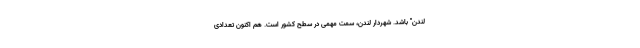
لندن" باشد. شهردار لندن، سمت مهمی در سطح کشور است. هم اکنون تعدادی